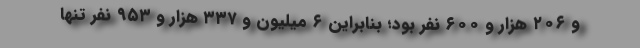
و ۲۰۶ هزار و ۶۰۰ نفر بود؛ بنابراين ۶ ميليون و ۳۳۷ هزار و ۹۵۳ نفر تنها